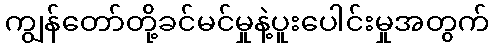
ကျွန်တော်တို့ခင်မင်မှုနဲ့ပူးပေါင်းမှုအတွက်